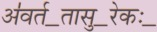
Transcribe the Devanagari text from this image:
अ॑वर्त॒तासु॒रेकः॒